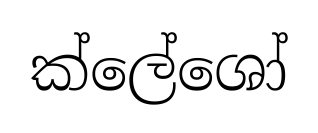
ක්ලේශෝ